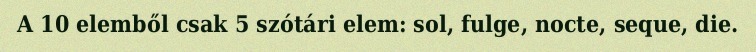
A 10 elemből csak 5 szótári elem: sol, fulge, nocte, seque, die.